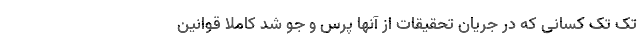
تک تک کسانی که در جریان تحقیقات از آنها پرس و جو شد کاملا قوانین